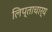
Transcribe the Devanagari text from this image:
लिप्ताचार्य